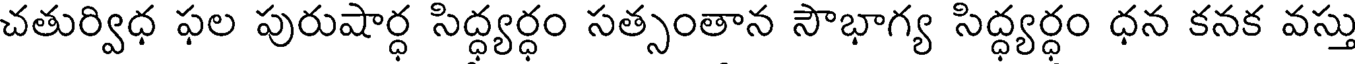
చతుర్విధ ఫల పురుషార్ధ సిద్ధ్యర్ధం సత్సంతాన సౌభాగ్య సిద్ధ్యర్ధం ధన కనక వస్తు